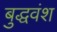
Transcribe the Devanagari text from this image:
बुद्धवंश